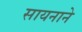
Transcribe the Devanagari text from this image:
सायनाने